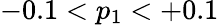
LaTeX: -0.1<p_{1}<+0.1